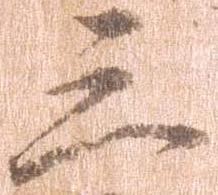
三